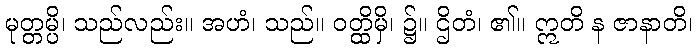
မုတ္တမ္ပိ၊ သည်လည်း။ အဟံ၊ သည်။ ဝတ္ထိမှိ၊ ၌။ ဌိတံ၊ ၏။ ဣတိ န ဇာနာတိ၊